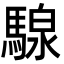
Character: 騡